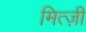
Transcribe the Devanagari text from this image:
मित्ज़ी